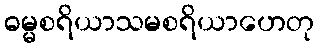
ဓမ္မစရိယာသမစရိယာဟေတု